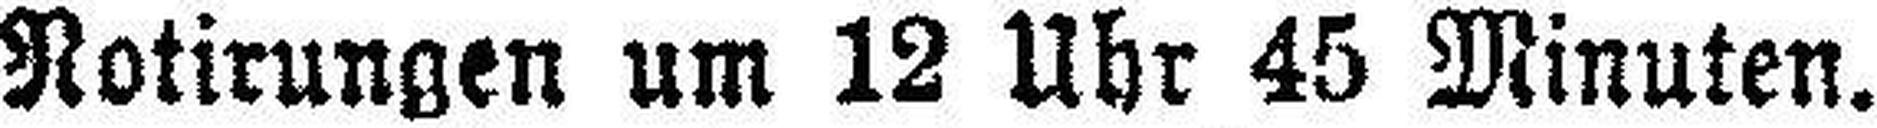
Notirungen um 12 Uhr 45 Minuten.